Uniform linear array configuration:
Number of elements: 48
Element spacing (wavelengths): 0.5
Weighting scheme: hamming
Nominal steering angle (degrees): -15
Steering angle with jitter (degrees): -16.562
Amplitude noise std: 0.05
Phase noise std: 0.05

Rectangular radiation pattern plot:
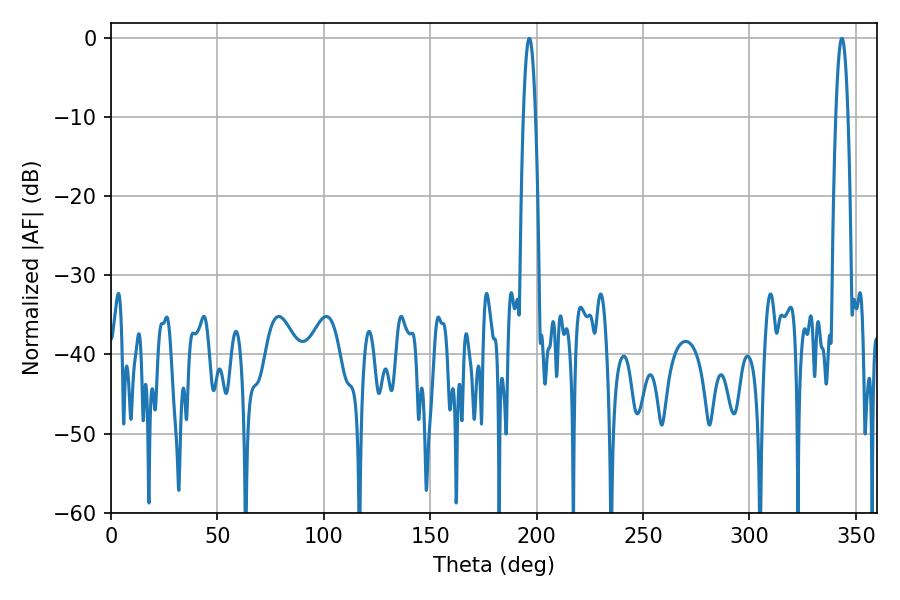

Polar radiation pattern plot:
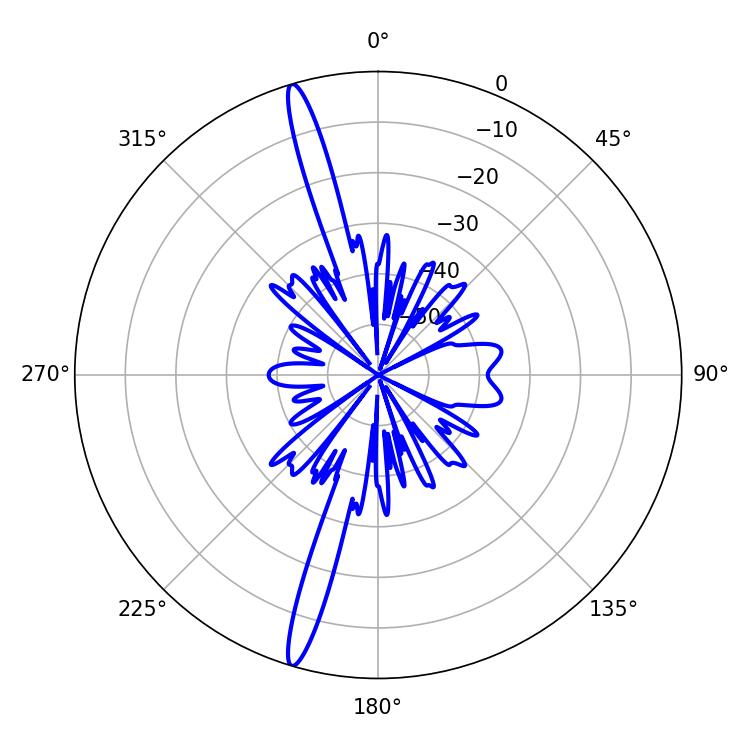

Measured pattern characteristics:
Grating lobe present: FALSE
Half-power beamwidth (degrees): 3.24
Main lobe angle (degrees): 196.56